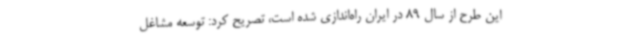
این طرح از سال 89 در ایران راه‌اندازی شده است، تصریح کرد: توسعه مشاغل